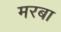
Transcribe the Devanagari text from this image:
मरबा